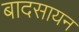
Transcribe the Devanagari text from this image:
बादसायन